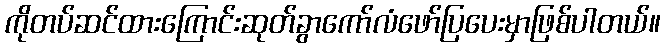
ကိုတပ်ဆင်ထားကြောင်းဆုတ်ခွာကော်လံဖော်ပြပေးမှာဖြစ်ပါတယ်။